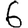
Digit: 6